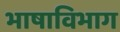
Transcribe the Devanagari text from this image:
भाषाविभाग